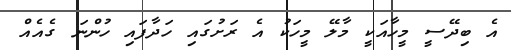
އެ ބިދޭސީ މީހާއަކީ މާލޭ މީހަކު އެ ރަށުގައި ހަދާފައި ހުންނަ ގެއެއް